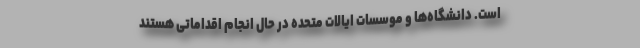
است. دانشگاه‌ها و موسسات ایالات متحده در حال انجام اقداماتی هستند